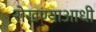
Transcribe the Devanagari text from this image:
रोखण्याआधी